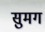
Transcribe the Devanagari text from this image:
सुमग